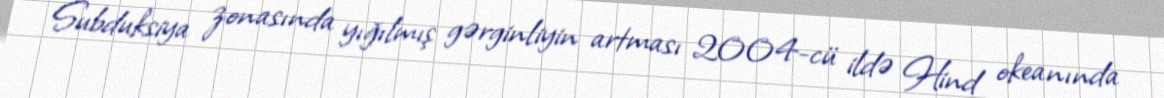
Subduksiya zonasında yığılmış gərginliyin artması 2004-cü ildə Hind okeanında